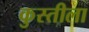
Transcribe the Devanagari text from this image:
कुस्तीला